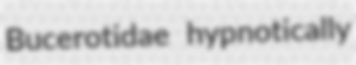
Bucerotidae hypnotically